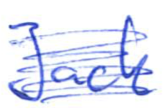
Text: Jack
Cross-out: scratch
Writing tool: ballpoint